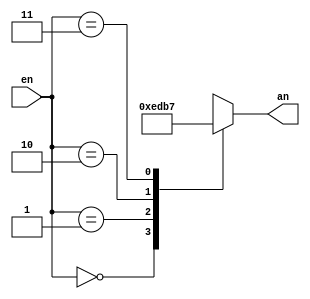
`timescale 1ns / 1ps
//////////////////////////////////////////////////////////////////////////////////
// Company: 
// Engineer: 
// 
// Design Name: 
// Module Name: display_an_decoder
// Project Name: 
// Target Devices: 
// Tool Versions: 
// Description: 
// 
// Dependencies: 
// 
// Revision:
// Revision 0.01 - File Created
// Additional Comments:
// 
//////////////////////////////////////////////////////////////////////////////////


module display_an_decoder (
    input [1:0] en,

    output reg [3:0] an
);

    // Turns the binary en input into a decoded an output
    always @ (*) begin
        case (en)
            0: an = 4'b1110;
            1: an = 4'b1101;
            2: an = 4'b1011;
            3: an = 4'b0111;
        endcase
    end

endmodule